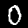
Digit: 0